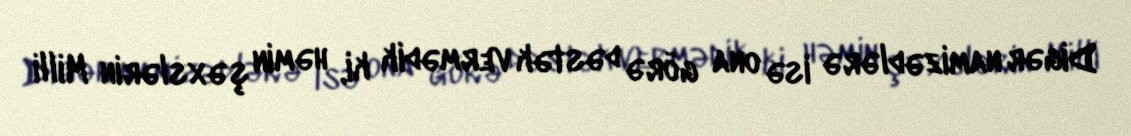
Digər namizədlərə isə ona görə dəstək vermədik ki, həmin şəxslərin Milli